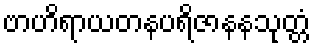
ဗာဟိရာယတနပရိဇာနနသုတ္တံ